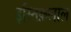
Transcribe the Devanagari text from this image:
इस्तिक़लाल